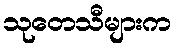
သုတေသီများက